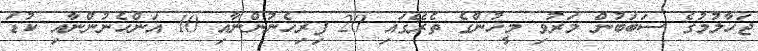
ޖަހާލުމުގެ ސަބަބުން މަރުވި މީހުންގެ ތެރޭގައި 20 ފިރިހެނުންނާއި 10 އަންހެނުންނާއި ކުޑަ